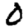
Digit: 0